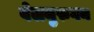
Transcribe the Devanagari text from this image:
वेलमुरुगन